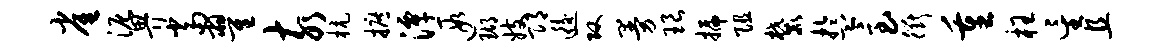
雀泥畀当翟亥杭摭潭遐瑚妓邛逅攻曼琅插阻麓盂急衢重枉星且